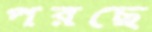
পরছে